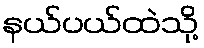
နယ်ပယ်ထဲသို့